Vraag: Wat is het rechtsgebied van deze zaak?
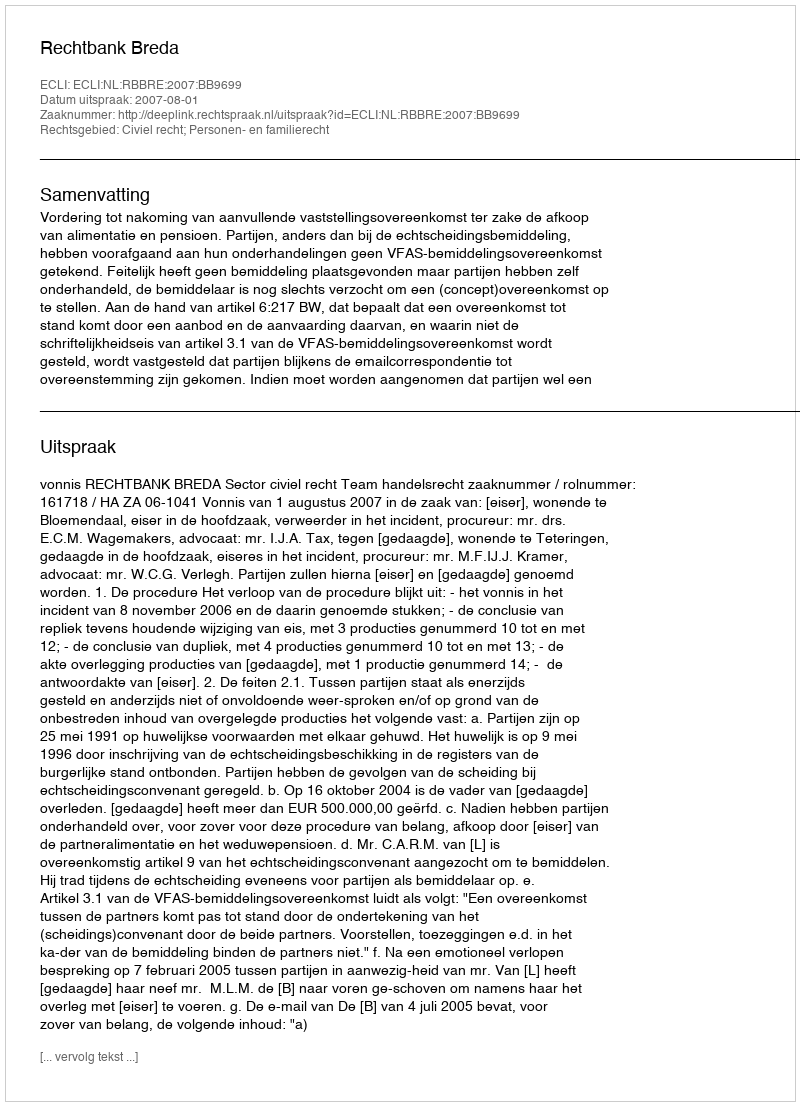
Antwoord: Civiel recht; Personen- en familierecht